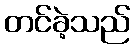
တင်ခဲ့သည်